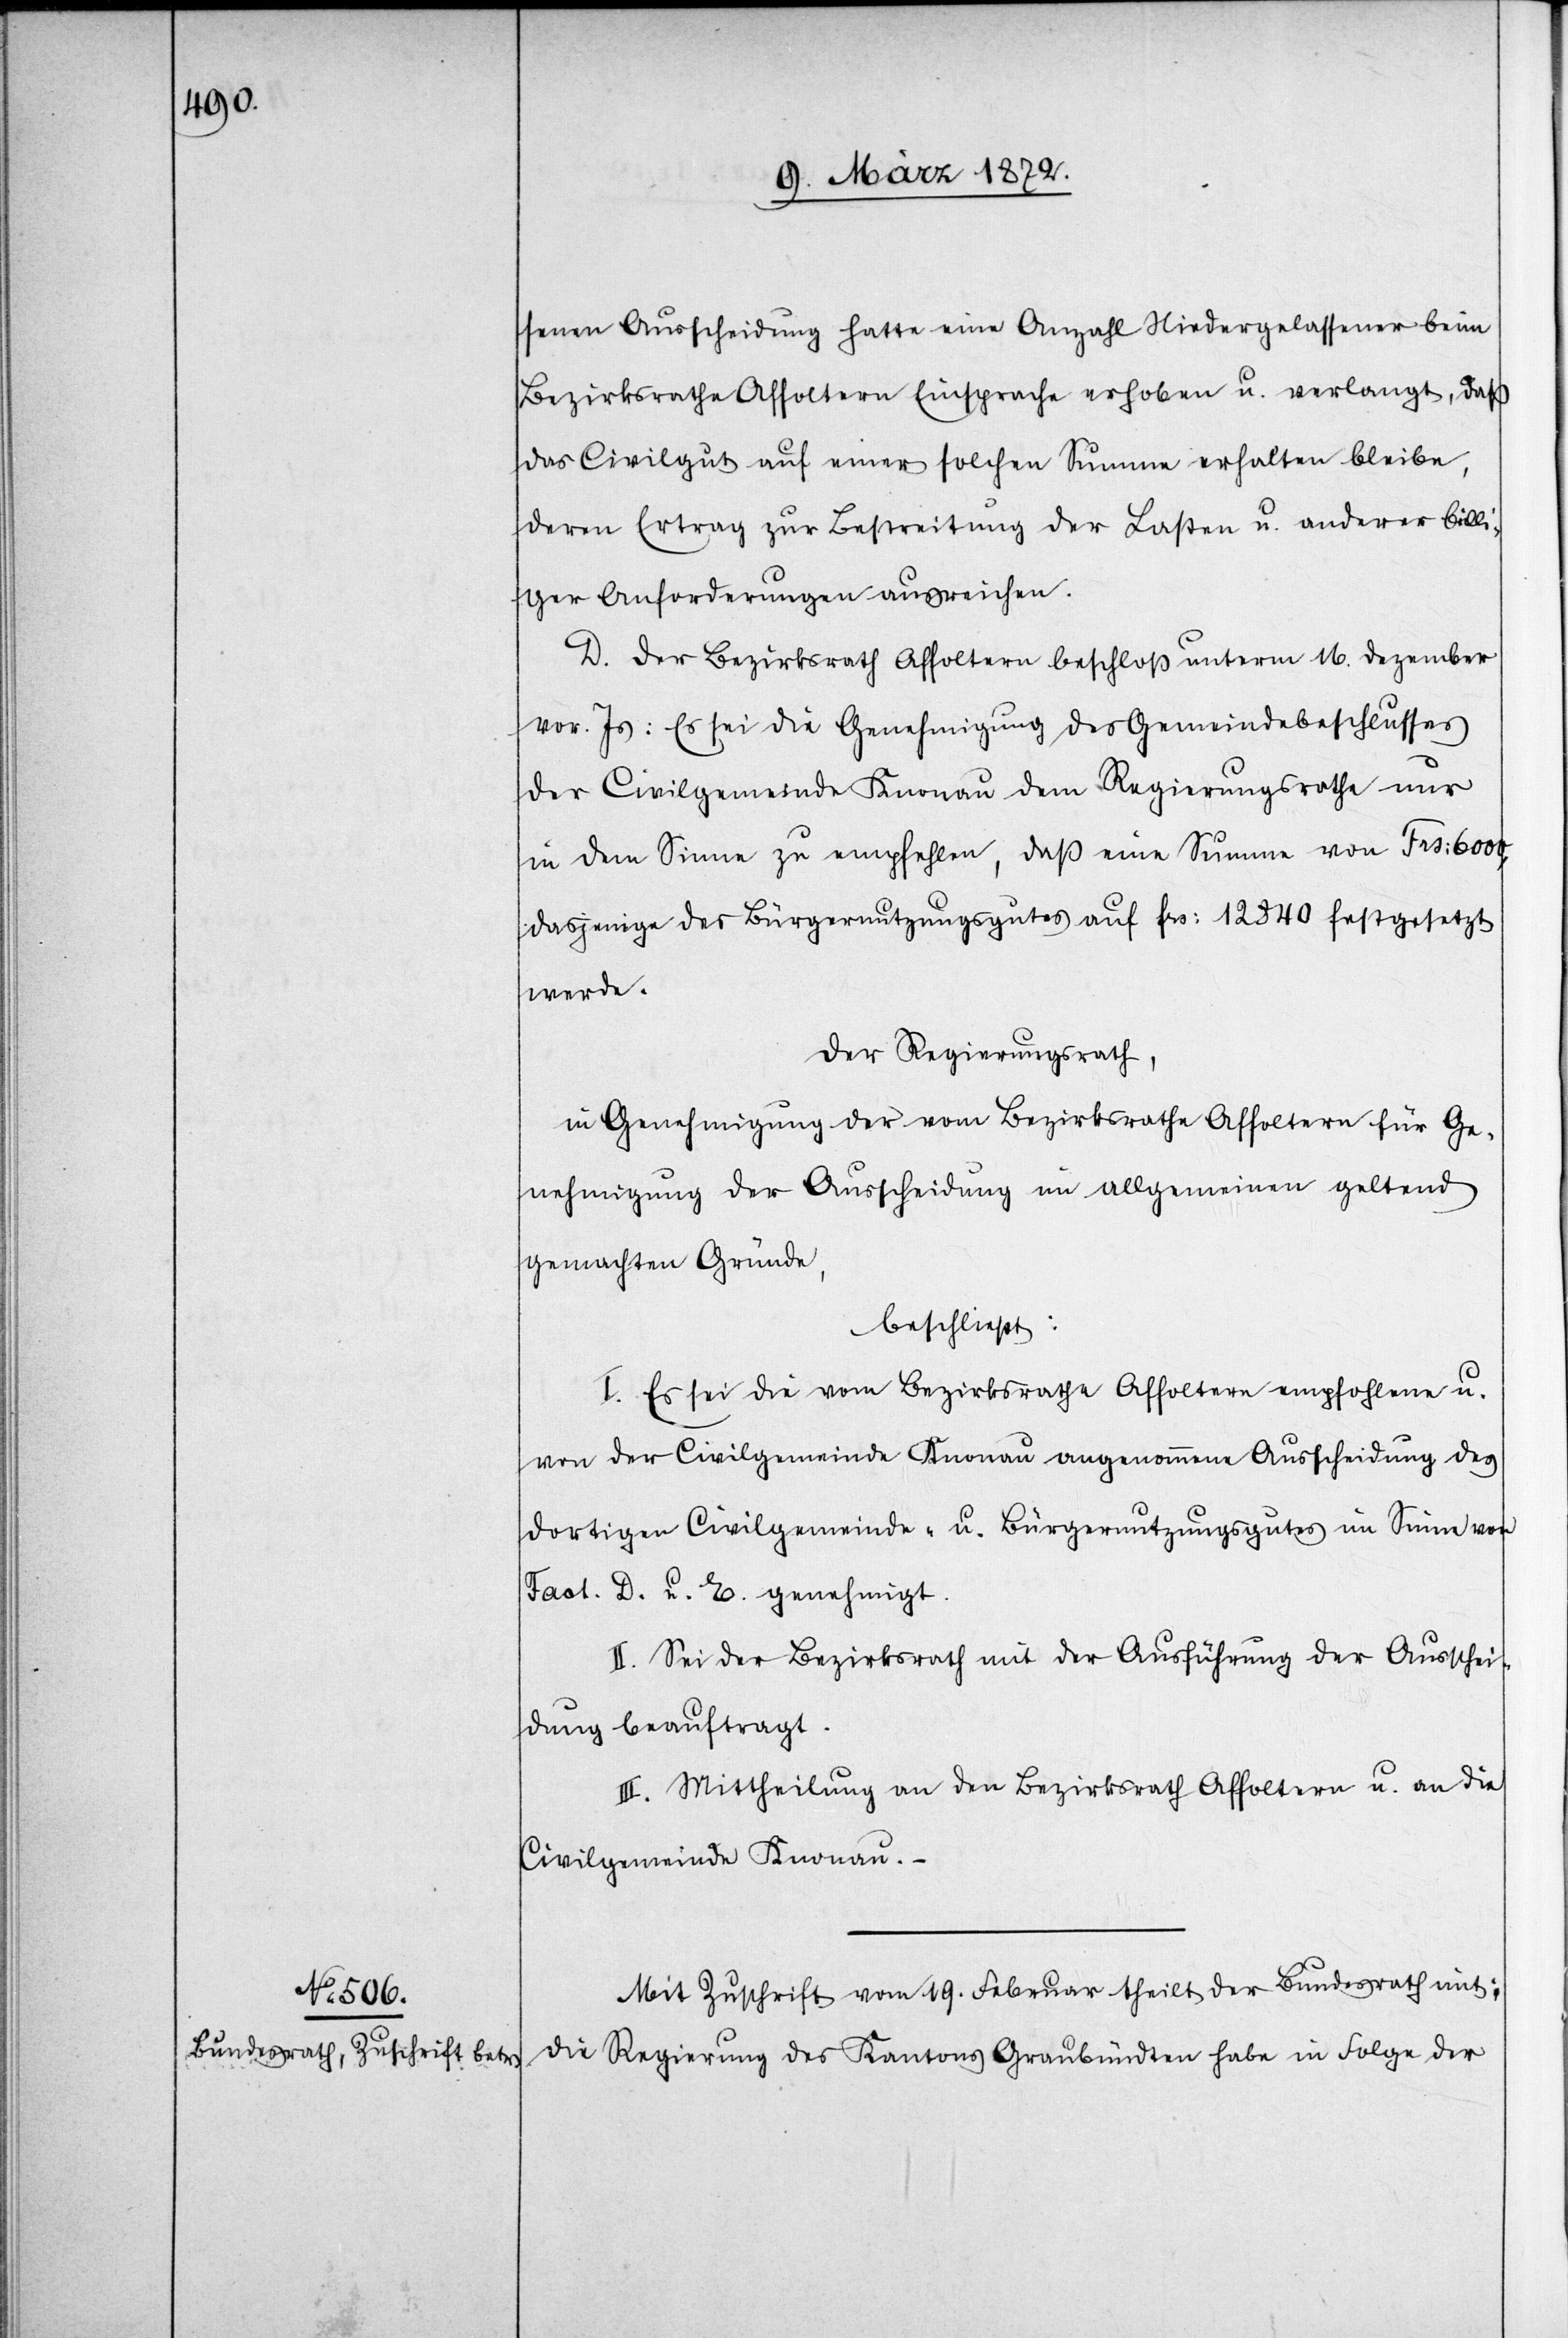
senen Ausscheidung hatte eine Anzahl Niedergelassener beim
Bezirksrathe Affoltern Einsprache erhoben u. verlangt, daß
das Civilgut auf einer solchen Summe erhalten bleibe,
deren Ertrag zur Bestreitung der Lasten u. anderer billi¬
ger Anforderungen ausreichen.
D. Der Bezirksrath Affoltern beschloß unterm 16. Dezember
vor. Js: Es sei die Genehmigung des Gemeindebeschlusses
der Civilgemeinde Knonau dem Regierungsrath nur
in dem Sinne zu empfehlen, daß eine Summe von Frs: 6000,
dasjenige des Bürgernutzungsgutes auf frs: 12 840 festgesetzt
werde.
Der Regierungsrath,
in Genehmigung der vom Bezirksrathe Affoltern für Ge¬
nehmigung der Ausscheidung im allgemeinen geltend
gemachten Gründe,
beschließt:
I. Es sei die vom Bezirksrathe Affoltern empfohlene u.
von der Civilgemeinde Knonau angenommene Ausscheidung des
dortigen Civilgemeinde- u. Bürgernutzungsgutes im Sinne von
Fact. D. u. E. genehmigt.
II. Sei der Bezirksrath mit der Ausführung der Ausschei¬
dung beauftragt.
III. Mittheilung an den Bezirksrath Affoltern u. an die
Civilgemeinde Knonau.
Mit Zuschrift vom 19. Februar theilt der Bundesrath mit:
Die Regierung des Kantons Graubündten habe in Folge der